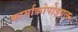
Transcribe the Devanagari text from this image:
फार्माकोपोइयल